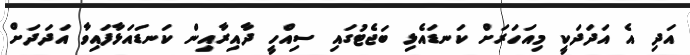
އަދި އެ އަދަދަކީ މިއަހަރަށް ކަނޑައެޅި ބަޖެޓުގައި ސިއްހީ ދާއިރާއިން ކަނޑައަޅާފައިވާ އަދަދަށް